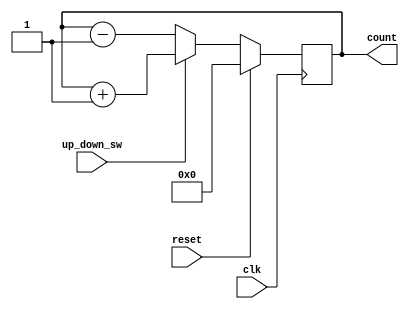
module up_down_counter(
    input clk, 
    input reset,
    input up_down_sw,
    //input load,
   // input [3:0] data,
    output reg [3:0] count = 0
    );
    // this design is for simulation ONLY, as such no clock divider is necessary. 

always@(posedge clk)
begin
    if (reset)         //set cuounter to 0
    count <= 4'b0000;   
    else if(up_down_sw)      // upward counting
        count <= count + 1;
    else                     //downward counting 
        count <= count - 1;
 end
endmodule